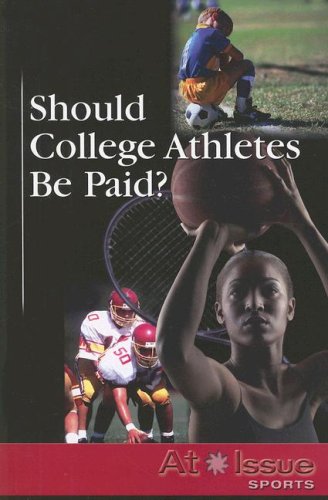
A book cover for Should College Athletes Be Paid? (At Issue); Geoff Griffin; Politics & Social Sciences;